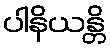
ပါနိယန္တိ